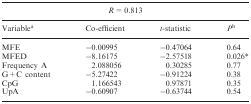
| <COLSPAN=4> R = 0.813 |
 | Variablea | Co-efficient | t-statistic | Pb |
 | --- | --- | --- | --- |
 | MFE | −0.00995 | −0.47064 | 0.64 |
 | MFED | −8.16175 | −2.57518 | 0.026* |
 | Frequency A | 2.088056 | 0.30285 | 0.77 |
 | G + C content | −5.27422 | −0.91224 | 0.38 |
 | CpG | 1.166543 | 0.97871 | 0.35 |
 | UpA | −0.60907 | −0.63744 | 0.54 |